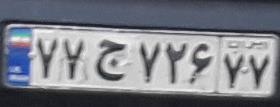
۷۷ج۷۲۶۷۷